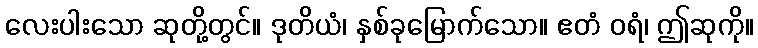
လေးပါးသော ဆုတို့တွင်။ ဒုတိယံ၊ နှစ်ခုမြောက်သော။ ဧတံ ဝရံ၊ ဤဆုကို။